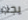
يجب